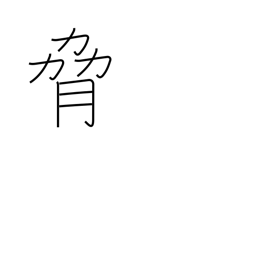
Meaning: coerce